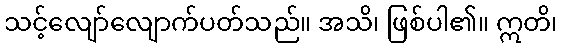
သင့်လျော်လျောက်ပတ်သည်။ အသိ၊ ဖြစ်ပါ၏။ ဣတိ၊